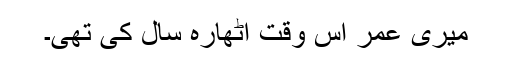
میری عمر اس وقت اٹھارہ سال کی تھی۔